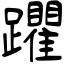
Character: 躣